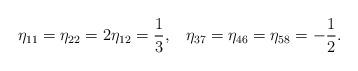
LaTeX: \begin{align*}\eta_{11}=\eta_{22}=2\eta_{12}=\frac{1}{3},\;\;\;\eta_{37}=\eta_{46}=\eta_{58}=-\frac{1}{2}.\end{align*}